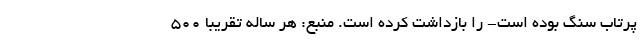
پرتاب سنگ بوده است- را بازداشت کرده است. منبع: هر ساله تقریبا 500